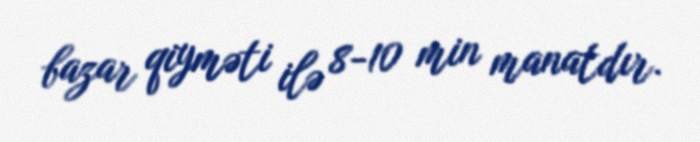
bazar qiyməti ilə 8-10 min manatdır.